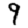
Digit: 9